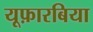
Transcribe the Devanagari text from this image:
यूफ़ारबिया